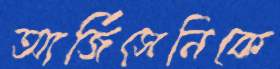
আর্জিসেনিকে